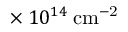
\times \: 1 0 ^ { 1 4 } \: \mathrm { c m ^ { - 2 } }